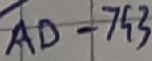
Text: AD-753